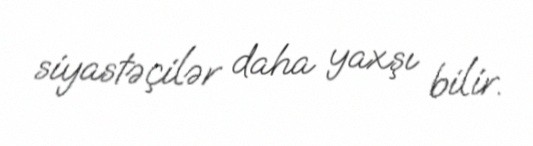
siyastəçilər daha yaxşı bilir.